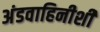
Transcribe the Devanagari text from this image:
अंडवाहिनीशी